Medical and sanitary report of the native army of Bengal for the year
Year: 1876
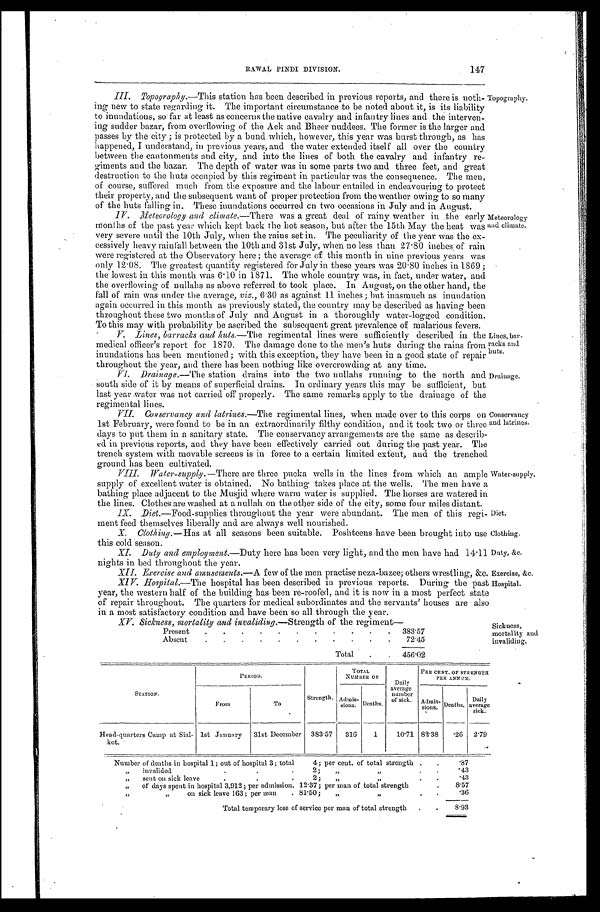
Topography.
Meteorology
and climate.
Lines, bar-
racks and
huts.
Drainage.
Conservancy
and latrines.
Water-supply.
Diet.
Clothing.
Duty, &c.
Exercise, &c.
Hospital.
Sickness,
mortality and
invaliding.
RAWAL PINDI DIVISION.
147
III. Topography. —This station has been described in previous reports, and there is noth
- i n g n e w t o s t a t e r e g a r d i n g i t . T h e i m p o r t a n t c i r c u m s t a n c e t o b e n o t e d a b o u t i t , i s i t s l i a b i l i t y
to inundations, so far at least as concerns the native cavalry and infantry lines and the interven
- i n g s a d d e r b a z a r , f r o m o v e r f l o w i n g o f t h e A c k a n d B h e e r n u d d e e s . T h e f o r m e r i s t h e l a r g e r a n d
passes by the city; is protected by a bund which, however, this year was burst through, as has
happened, I understand, in previous years, and the water extended itself all over the country
between the cantonments and city, and into the lines of both the cavalry and infantry re
- g i m e n t s a n d t h e b a z a r . T h e d e p t h o f w a t e r w a s i n s o m e p a r t s t w o a n d t h r e e f e e t , a n d g r e a t
destruction to the huts occupied by this regiment in particular was the consequence. The men,
of course, suffered much from the exposure and the labour entailed in endeavouring to protect
their property, and the subsequent want of proper protection from the weather owing to so many
of the huts falling in. These inundations occurred on two occasions in July and in August.
IV. Meteorology and climate. —There was a great deal of rainy weather in the early
months of the past year which kept back the hot season, but after the 15th May the heat was
very severe until the 10th July, when the rains set in. The peculiarity of the year was the ex
- c e s s i v e l y h e a v y r a i n f a l l b e t w e e n t h e 1 0 t h a n d 3 1 s t J u l y , w h e n n o l e s s t h a n 2 7 . 8 0 i n c h e s o f r a i n
were registered at the Observatory here; the average of this month in nine previous years was
only 12.08. The greatest quantity registered for July in these years was 20.80 inches in 1869;
the lowest in this month was 6.10 in 1871. The whole country was, in fact, under water, and
the overflowing of nullahs as above referred to took place. In August, on the other hand, the
fall of rain was under the average, viz., 6.30 as against 11 inches; but inasmuch as inundation
again occurred in this month as previously stated, the country may be described as having been
throughout these two months of July and August in a thoroughly water-logged condition.
To this may with probability be ascribed the subsequent great prevalence of malarious fevers.
V. Lines, barracks and huts. —The regimental lines were sufficiently described in the
medical officer's report for 1870. The damage done to the men's huts during the rains from
inundations has been mentioned; with this exception, they have been in a good state of repair
throughout the year, and there has been nothing like overcrowding at any time.
VI. Drainage.—The station drains into the two nullahs running to the north and
south side of it by means of superficial drains. In ordinary years this may be sufficient, but
last year water was not carried off properly. The same remarks apply to the drainage of the
regimental lines.
Conservancy and latrines.— The regimental lines, when made over to this corps on
1st February, were found to be in an extraordinarily filthy condition, and it took two or three
days to put them in a sanitary state. The conservancy arrangements are the same as describ-
ed in previous reports, and they have been effectively carried out during the past year. The
trench system with movable screens is in force to a certain limited extent, and the trenches
ground has been cultivated.
Water-supply.— There are three pucka wells in the lines from which an amp
supply of excellent water is obtained. No bathing takes place at the wells. The men have
bathing place adjacent to the Musjid where warm water is supplied. The horses are watered it
the lines. Clothes are washed at a nullah on the other side of the city, some four miles distant.
IX. Diet.—Food-supplies throughout the year were abundant. The men of this regi
-ment feed themselves liberally and are always well nourished.
Clothing. —Has at all seasons been suitable. Poshteens have been brought into use
this cold season.
Duty and employment.—Duty here has been very light, and the men have had 14.11
nights in bed throughout the year.
XII. Exercise and amusements.—A few of the men practise neza-bazee; others wrestling, &c
. XIV. Hospital.—The hospital has been described in previous reports. During the past
year, the western half of the building has been re-roofed, and it is now in a most perfect state
of repair throughout. The quarters for medical subordinates and the servants' houses are also
in a most satisfactory condition and have been so all through the year.
X V . S i c k n e s s , m o r t a l i t y a n d i n v a l i d i n g . —S
t r e n g t h o f t h e r e g i m e n t —
Present
383.7
Absent
72.45
T o t a l
4 5 6 . 0 2
STATION.
PERIOD.
Strength.
TOTAL
NUMBER OF
D a i l y
average number
of sick.
PER CENT. OF STRENGTH
PER ANNUM.
From
To
Admis- sions. Deaths.
Admis -sions. Deaths.
D a i l y
average sick.
Head-quarters Camp at Sial-
kot.
1st January 31st December 383.57 316 1 10.71 82.38 .26 2.79
Number of deaths in hospital 1; out of hospital 3; total 4; per cent. of total strength
.87
„ invalided 2; „ „
.43
„ s e n t o n s i c k l e a v e 2 ; „ „
.43
„
of days spent in hospital 3,912; per admission. 12.37; per man of total strength
8. 57
„ „
on sick leave 163; per man 81.50;„ „
.36
Total temporary loss of service per man of total strength
8.93